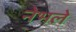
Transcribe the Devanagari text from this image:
नेभले